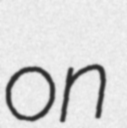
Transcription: on